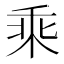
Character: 乘